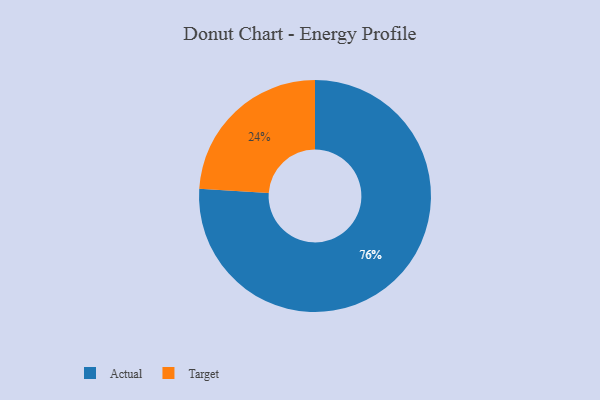
{"axis": {"x": "Category", "y": "Percentage"}, "legend": ["Actual", "Target"], "data": [{"x": "Actual", "y": 76, "type": "Actual"}, {"x": "Target", "y": 24, "type": "Target"}]}